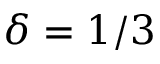
\delta = 1 / 3